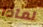
لماذا